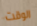
الوقت